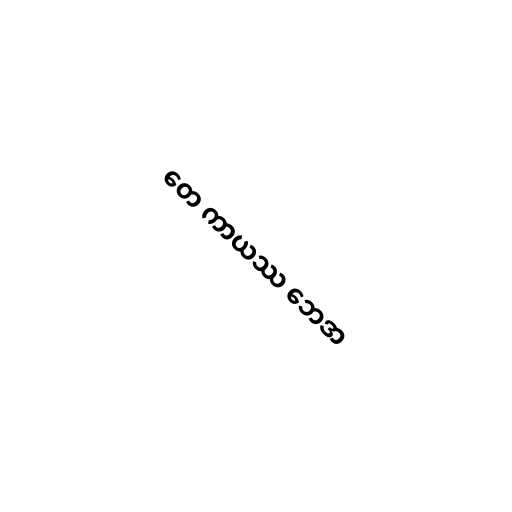
တေ ကာယဿ ဘေဒာ